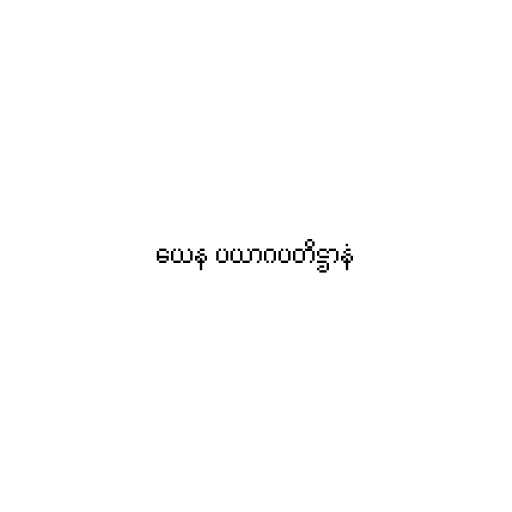
ယေန ပယာဂပတိဋ္ဌာနံ